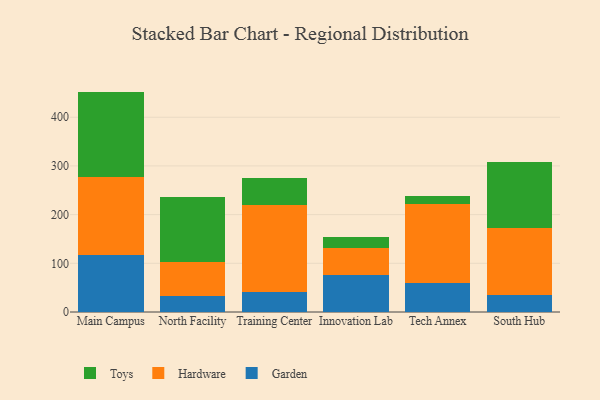
{"axis": {"x": "Campus", "y": "Waste Production (Tons)"}, "legend": ["Garden", "Hardware", "Toys"], "data": [{"x": "Main Campus", "y": 117.3, "type": "Garden"}, {"x": "Main Campus", "y": 159.3, "type": "Hardware"}, {"x": "Main Campus", "y": 176.1, "type": "Toys"}, {"x": "North Facility", "y": 33.0, "type": "Garden"}, {"x": "North Facility", "y": 69.2, "type": "Hardware"}, {"x": "North Facility", "y": 134.1, "type": "Toys"}, {"x": "Training Center", "y": 41.8, "type": "Garden"}, {"x": "Training Center", "y": 178.9, "type": "Hardware"}, {"x": "Training Center", "y": 54.2, "type": "Toys"}, {"x": "Innovation Lab", "y": 75.0, "type": "Garden"}, {"x": "Innovation Lab", "y": 57.3, "type": "Hardware"}, {"x": "Innovation Lab", "y": 21.9, "type": "Toys"}, {"x": "Tech Annex", "y": 60.5, "type": "Garden"}, {"x": "Tech Annex", "y": 161.7, "type": "Hardware"}, {"x": "Tech Annex", "y": 15.3, "type": "Toys"}, {"x": "South Hub", "y": 35.4, "type": "Garden"}, {"x": "South Hub", "y": 137.4, "type": "Hardware"}, {"x": "South Hub", "y": 135.8, "type": "Toys"}]}